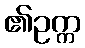
၏ဥက္က